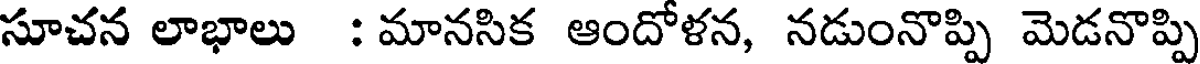
సూచన లాభాలు : మానసిక ఆందోళన, నడుంనొప్పి మెడనొప్పి